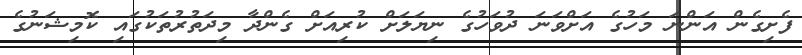
ފެށިގެން އަންނަ މަހުގެ އަށްވަނަ ދުވަހުގެ ނިޔަލަށް ކުރިއަށް ގެންދާ މިދަތުރުތަކުގައި ކޮމިޝަނުގެ